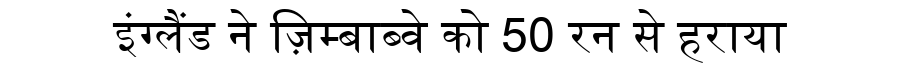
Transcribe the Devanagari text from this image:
इंग्लैंड ने ज़िम्बाब्वे को 50 रन से हराया